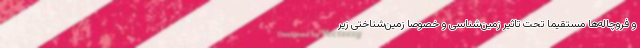
و فروچاله‌ها مستقیما تحت تاثیر زمین‌شناسی و خصوصا زمین‌شناختی زیر